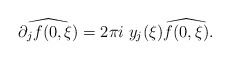
\begin{align*} \widehat{\partial_j f(0,\xi)}= 2 \pi i \; y_j(\xi) \widehat{f(0,\xi)}.\end{align*}